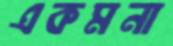
একমনা